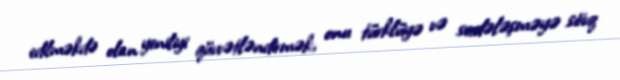
edilməkdə olan yeniliyi qüvvətləndirmək, onu türklüyə və sadələşməyə sövq